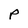
Character: P